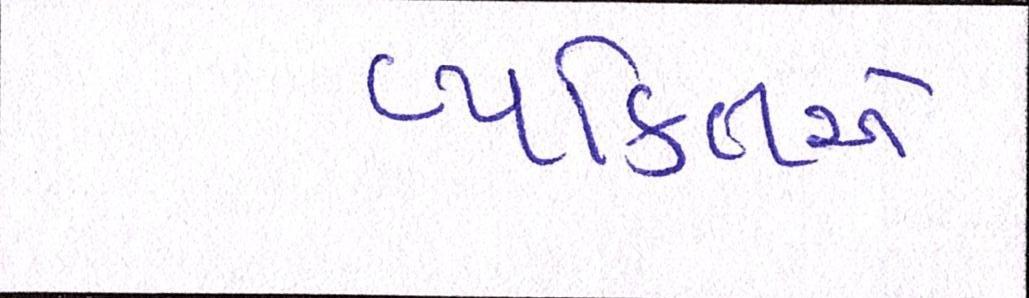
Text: વ્યકિતએ